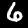
Digit: 6